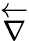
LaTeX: \overleftarrow{\nabla}